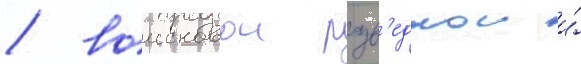
/ воисковои разв'едкои и́